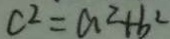
c ^ { 2 } = a ^ { 2 } + b ^ { 2 }